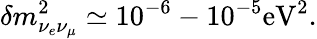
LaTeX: \delta m_{\nu_{e}\nu_{\mu}}^{2}\simeq 10^{-6}-10^{-5}\mathrm{eV}^{2}.